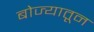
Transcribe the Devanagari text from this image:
बोज्यातून